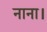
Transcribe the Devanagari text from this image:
नाना।